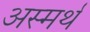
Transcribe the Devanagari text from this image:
अस्मर्थ